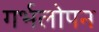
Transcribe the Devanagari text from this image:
गर्भलोपन